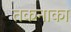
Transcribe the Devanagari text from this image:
तकनाका